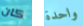
كان واحدة